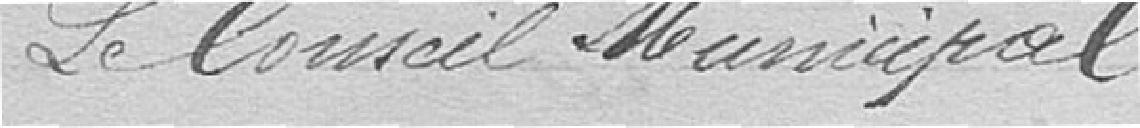
Le Conseil Municipal,